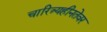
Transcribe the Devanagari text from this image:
चारित्र्यहीनतेवर